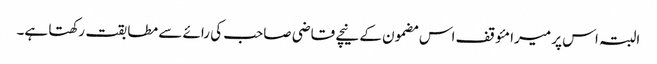
البتہ اس پر میرا مئوقف اس مضمون کے نیچے قاضی صاحب کی رائے سے مطابقت رکھتا ہے۔